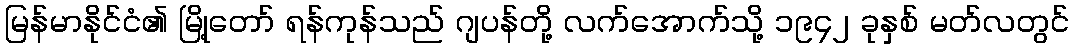
မြန်မာနိုင်ငံ၏ မြို့တော် ရန်ကုန်သည် ဂျပန်တို့ လက်အောက်သို့ ၁၉၄၂ ခုနှစ် မတ်လတွင်